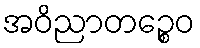
အဝိညာတဉ္စေဝ